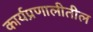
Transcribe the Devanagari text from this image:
कार्यप्रणालीतील